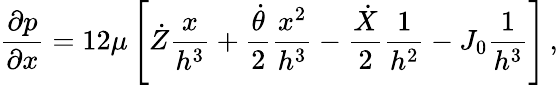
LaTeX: \frac{\partial p}{\partial x}=12\mu\left[\dot{Z}\frac{x}{h^{3}}+\frac{\dot{\theta}}{2}\frac{x^{2}}{h^{3}}-\frac{\dot{X}}{2}\frac{1}{h^{2}}-J_{0}\frac{1}{h^{3}}\right]\, ,